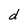
Character: d